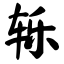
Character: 轹